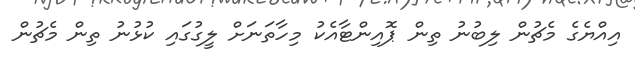
އިއްޔެގެ މެޗުން ލިބުނު ތިން ޕޮއިންޓާއެކު މިހާތަނަށް ލީގުގައި ކުޅުނު ތިން މެޗުން